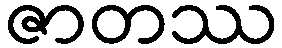
ဇာတဿ